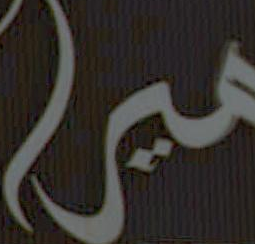
مير